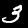
Label: 3